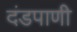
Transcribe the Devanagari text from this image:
दंडपाणी